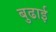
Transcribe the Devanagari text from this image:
बुढाई